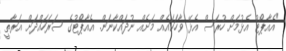
"އެއާޕޯޓު އެޅުމަށް ހުރަސް އެޅޭ ވާހަކައެއް މަށެއް ނުދައްކާނަން. އެއާޕޯޓުގެ ސަރަހައްދަށް އަރާތީ